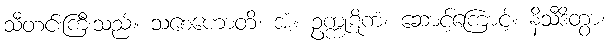
သီတင်းကြီးသည်။ သစေဟောတိ၊ အံ့။ ဥက္ကုဋိကံ၊ ဆောင့်ကြောင့်။ နိသီဒိတွာ၊